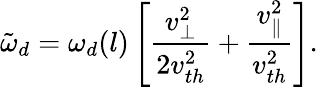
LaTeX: \tilde{\omega}_{d}=\omega_{d}(l)\left[\frac{v_{\perp}^{2}}{2v_{th}^{2}}+\frac{v_{\parallel}^{2}}{v_{th}^{2}}\right].